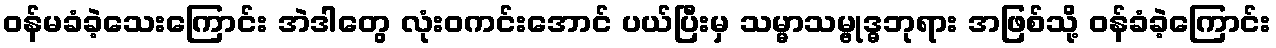
ဝန်မခံခဲ့သေးကြောင်း အဲဒါတွေ လုံးဝကင်းအောင် ပယ်ပြီးမှ သမ္မာသမ္ဗုဒ္ဓဘုရား အဖြစ်သို့ ဝန်ခံခဲ့ကြောင်း